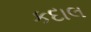
કદાલ